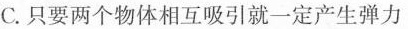
C.只要两个物体相互吸引就一定产生弹力